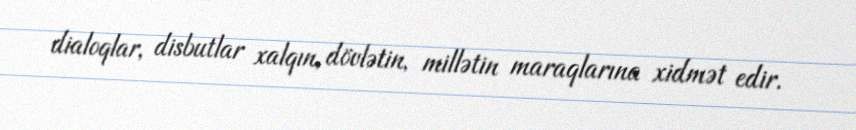
dialoqlar, disbutlar xalqın, dövlətin, millətin maraqlarına xidmət edir.